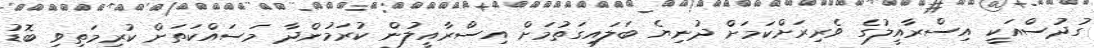
ގުދުސްއަކީ އިސްރާއީލުގެ ވެރިރަށްކަމަށް ދުނިޔެ ބަލައިގަތުމަށް އިސްރާއީލުން ކުރަމުންދާ މަސައްކަތަށް ކުރިމަތިވި ބޮޑު